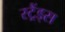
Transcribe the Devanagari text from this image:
स्ट्रैंड्स